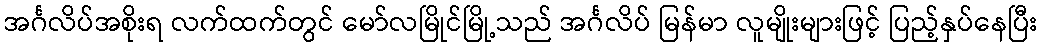
အင်္ဂလိပ်အစိုးရ လက်ထက်တွင် မော်လမြိုင်မြို့သည် အင်္ဂလိပ် မြန်မာ လူမျိုးများဖြင့် ပြည့်နှပ်နေပြီး